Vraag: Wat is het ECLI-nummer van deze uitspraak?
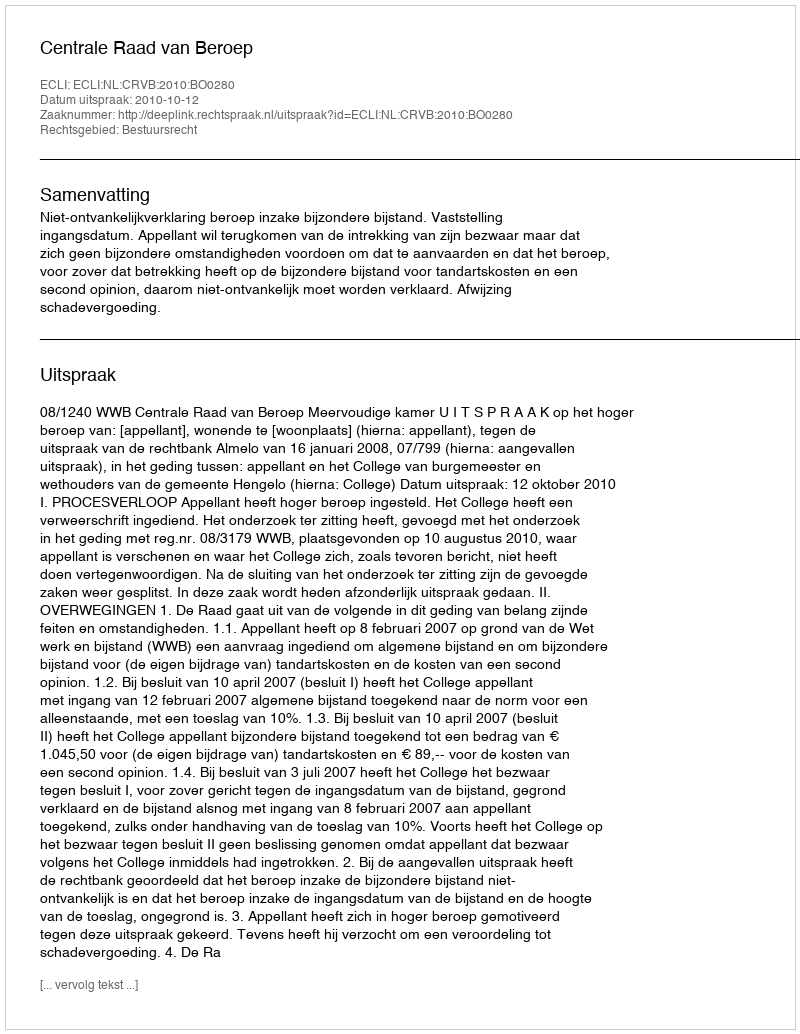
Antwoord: ECLI:NL:CRVB:2010:BO0280